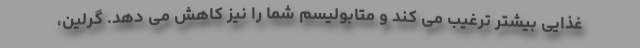
غذایی بیشتر ترغیب می کند و متابولیسم شما را نیز کاهش می دهد. گرلین،